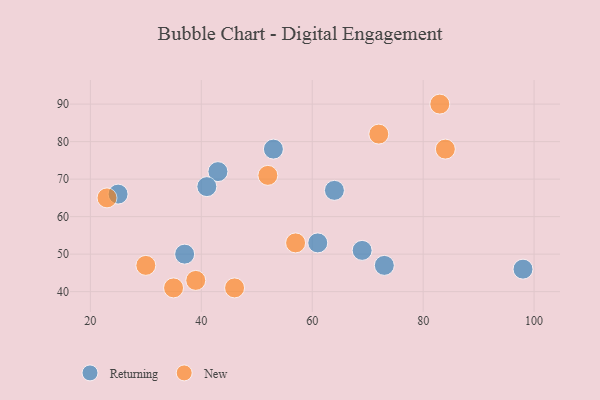
{"axis": {"x": "GDP", "y": "Life Expectancy"}, "legend": ["New", "Returning"], "data": [{"x": "69", "y": 51, "type": "Returning"}, {"x": "98", "y": 46, "type": "Returning"}, {"x": "64", "y": 67, "type": "Returning"}, {"x": "43", "y": 72, "type": "Returning"}, {"x": "61", "y": 53, "type": "Returning"}, {"x": "41", "y": 68, "type": "Returning"}, {"x": "25", "y": 66, "type": "Returning"}, {"x": "37", "y": 50, "type": "Returning"}, {"x": "73", "y": 47, "type": "Returning"}, {"x": "53", "y": 78, "type": "Returning"}, {"x": "46", "y": 41, "type": "New"}, {"x": "39", "y": 43, "type": "New"}, {"x": "52", "y": 71, "type": "New"}, {"x": "35", "y": 41, "type": "New"}, {"x": "72", "y": 82, "type": "New"}, {"x": "23", "y": 65, "type": "New"}, {"x": "83", "y": 90, "type": "New"}, {"x": "57", "y": 53, "type": "New"}, {"x": "30", "y": 47, "type": "New"}, {"x": "84", "y": 78, "type": "New"}]}